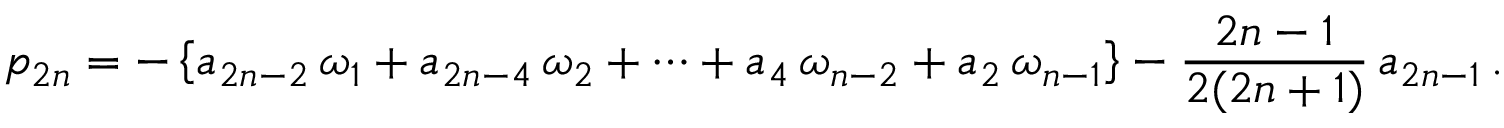
p _ { 2 n } = - \left\{ a _ { 2 n - 2 } \, \omega _ { 1 } + a _ { 2 n - 4 } \, \omega _ { 2 } + \cdots + a _ { 4 } \, \omega _ { n - 2 } + a _ { 2 } \, \omega _ { n - 1 } \right\} - \frac { 2 n - 1 } { 2 ( 2 n + 1 ) } \, a _ { 2 n - 1 } \, .